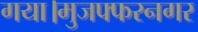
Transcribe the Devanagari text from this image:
गया।मुजफ्फरनगर